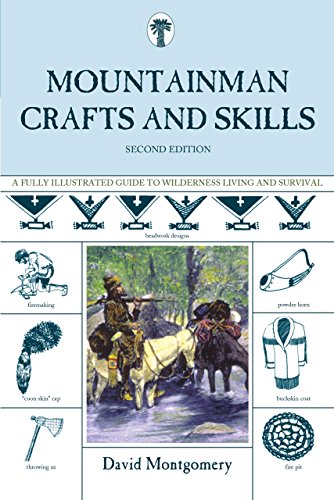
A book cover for Mountainman Crafts & Skills: A Fully Illustrated Guide To Wilderness Living And Survival; David Montgomery; Sports & Outdoors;